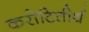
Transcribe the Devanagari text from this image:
करोटितीर्थ